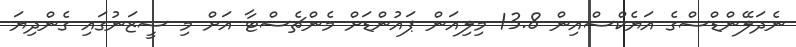
ނެދަލޭންޑްސްގެ އަޔެކްސްއިން 13.8 މިލިއަން ޕައުންޑަށް މެންޗެސްޓާ އަށް މި ސީޒަނުގައި ގެންދިޔަ